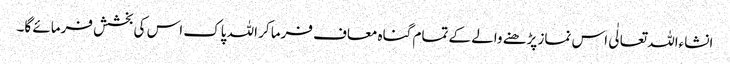
انشاءاللہ تعالٰی اس نماز پڑھنے والے کے تمام گناہ معاف فرما کر اللہ پاک اس کی بخشش فرمائے گا۔